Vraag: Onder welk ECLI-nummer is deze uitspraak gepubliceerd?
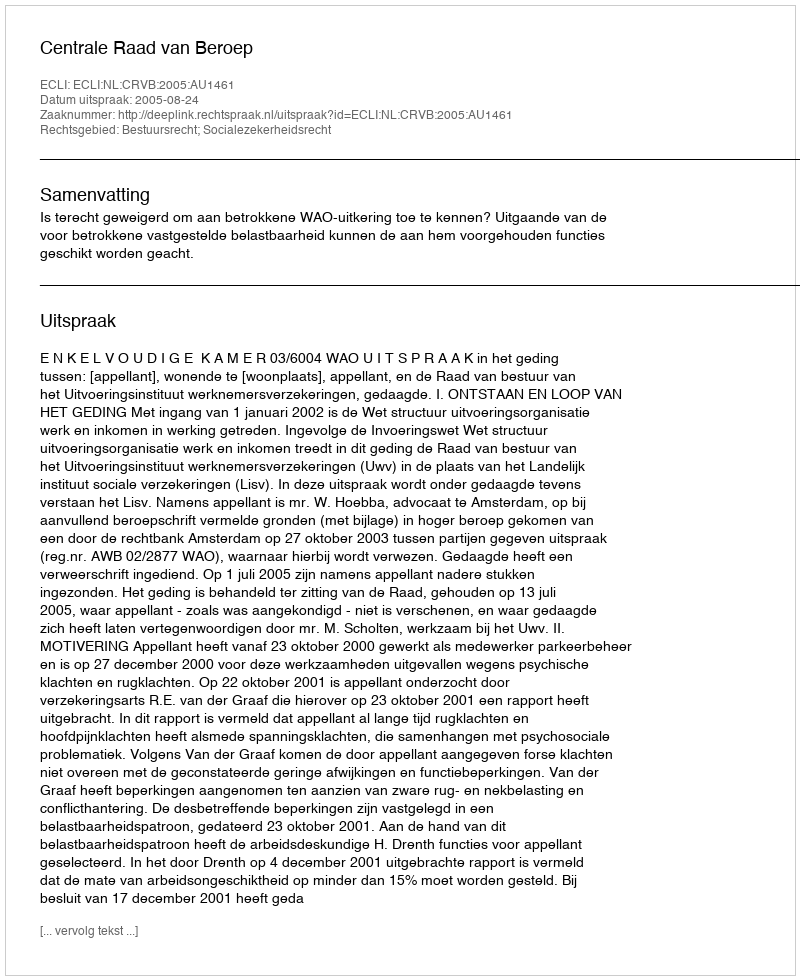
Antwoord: ECLI:NL:CRVB:2005:AU1461